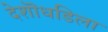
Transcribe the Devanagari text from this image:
देशॊधडिला